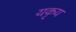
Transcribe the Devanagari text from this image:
यकृय